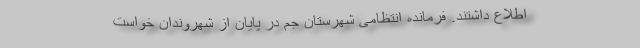
اطلاع داشتند. فرمانده انتظامی شهرستان جم در پایان از شهروندان خواست